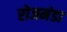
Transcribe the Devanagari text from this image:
रोजमंडा